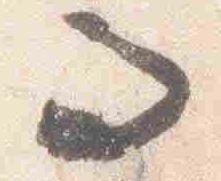
而